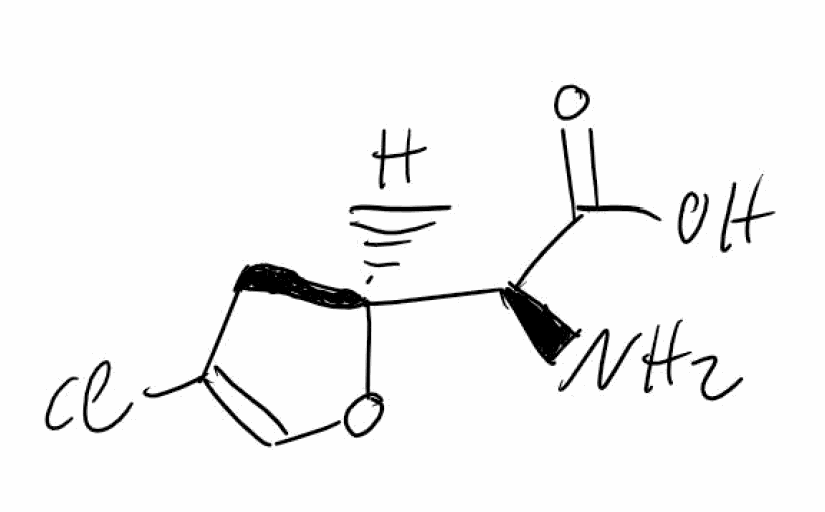
Simplified molecular-input line-entry system (SMILES) notation of the given molecule:
C1[C@H](OC=C1Cl)[C@@H](C(=O)O)N